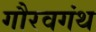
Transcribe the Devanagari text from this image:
गौरवगंथ